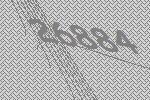
26884